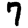
Digit: 7